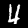
Digit: 4